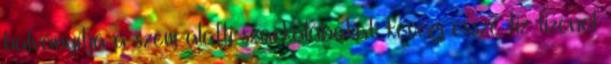
halványítja a szem alatti szarkalábakat: keverj össze tíz tizenöt